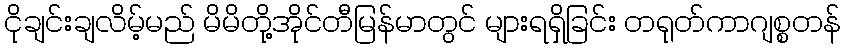
ငိုချင်းချလိမ့်မည် မိမိတို့အိုင်တီမြန်မာတွင် များရရှိခြင်း တရုတ်ကာဂျစ္စတန်